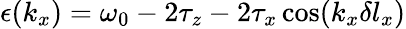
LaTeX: \epsilon(k_{x})=\omega_{0}-2\tau_{z}-2\tau_{x}\cos(k_{x}\delta l_{x})